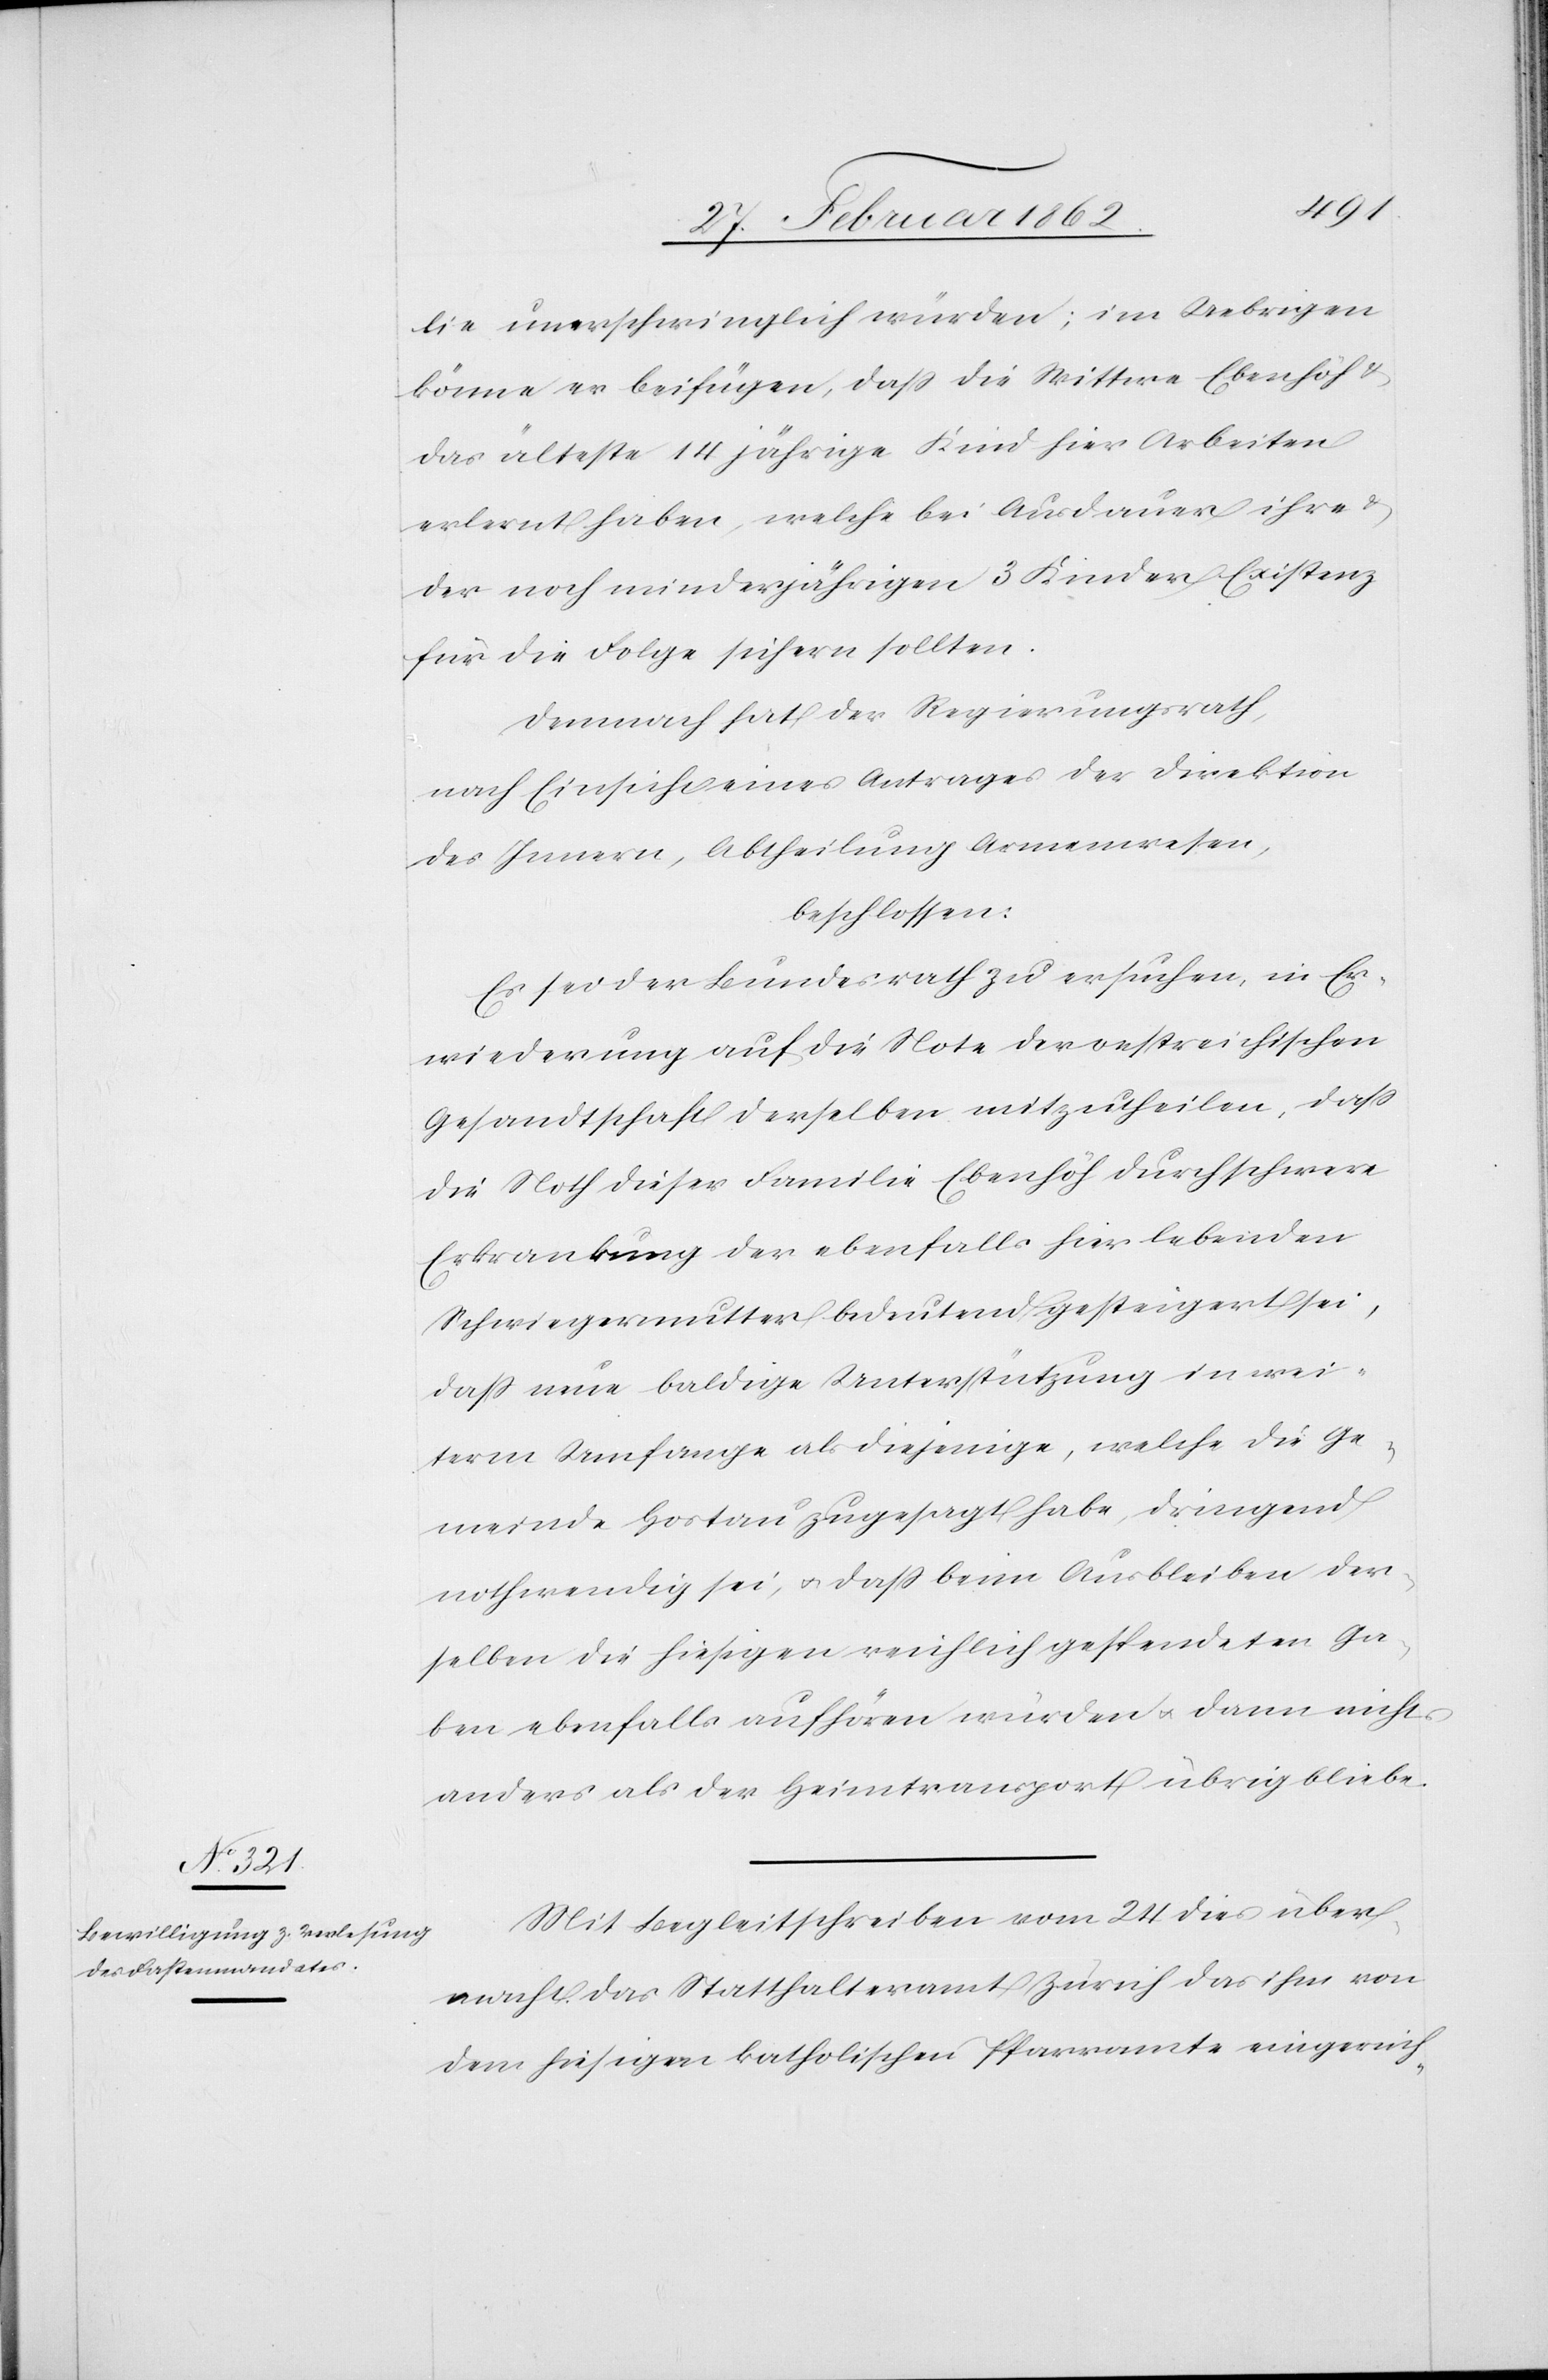
lie unerschwinglich würden; im Uebrigen
könne er beifügen, daß die Wittwe Ebenhöh &
das älteste 14jährige Kind hier Arbeiten
erlernt haben, welche bei Ausdauer ihre
der noch minderjährigen 3 Kinder Existenz
für die Folge sichern sollten.
Demnach hat der Regierungsrath,
nach Einsicht eines Antrages der Direktion
des Innern, Abtheilung Armenwesen,
beschlossen:
Es sei der Bundesrath zu ersuchen, in Er¬
wiederung auf die Note der oestreichischen
Gesandtschaft derselben mitzutheilen, daß
die Noth dieser Familie Ebenhöh durch schwere
Erkrankung der ebenfalls hier lebenden
Schwiegermutter bedeutend gesteigert sei,
daß neue baldige Unterstützung in wei¬
term Umfange als diejenige, welche die Ge¬
meinde Hortau zugesagt habe, dringend
nothwendig sei, u. daß beim Ausbleiben der¬
selben die hiesigen reichlich gespendeten Ga¬
ben ebenfalls aufhören würden u. dann nichts
anders als der Heimtransport übrig bliebe.
Mit Begleitschreiben vom 24 dies über¬
macht das Statthalteramt Zürich das ihm von
dem hiesigen katholischen Pfarramte eingereich-